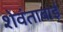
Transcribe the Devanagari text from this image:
शेवंताबाई